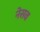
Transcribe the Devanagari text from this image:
नेसव